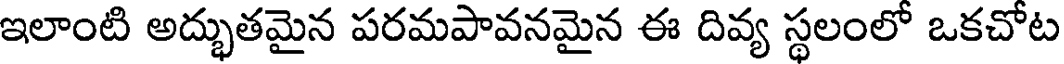
ఇలాంటి అద్భుతమైన పరమపావనమైన ఈ దివ్య స్థలంలో ఒకచోట